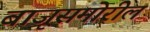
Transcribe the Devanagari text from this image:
बाजूसमोरील